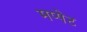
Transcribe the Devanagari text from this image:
मप्पेट